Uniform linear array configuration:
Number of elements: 12
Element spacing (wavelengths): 0.75
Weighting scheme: binomial
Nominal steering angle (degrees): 45
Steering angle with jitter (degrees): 46.587
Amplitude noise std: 0.05
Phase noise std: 0.05

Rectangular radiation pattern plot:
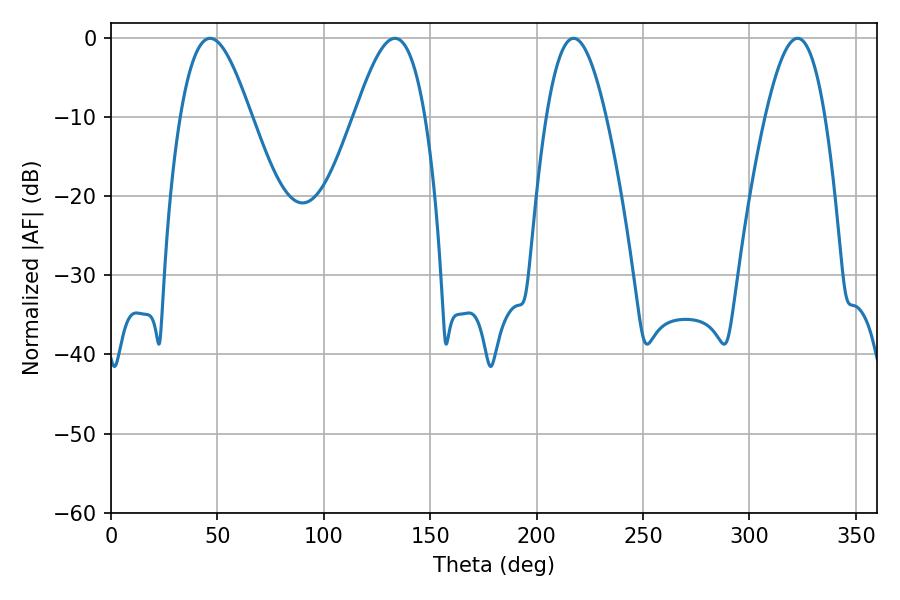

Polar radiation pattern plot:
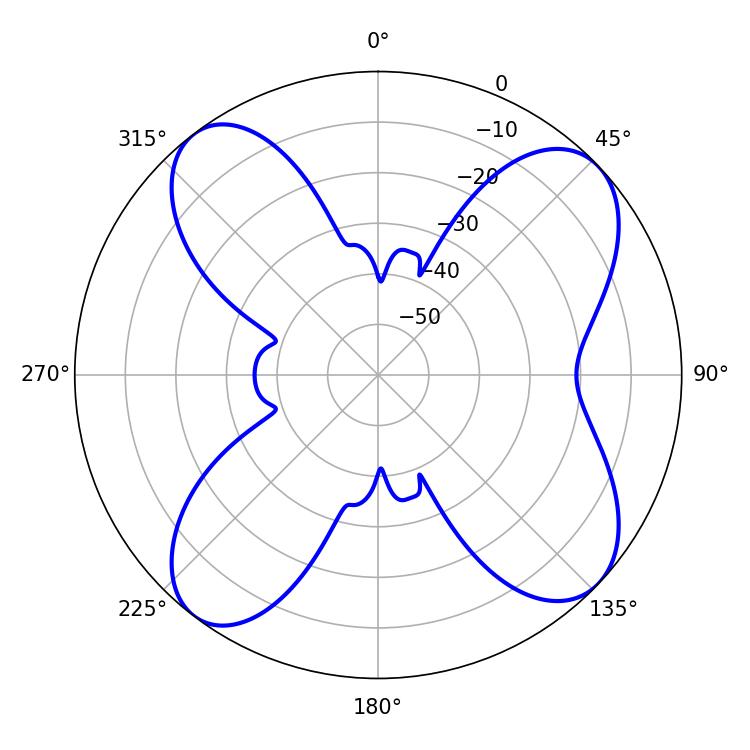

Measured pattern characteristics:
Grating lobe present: TRUE
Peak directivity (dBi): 11.029
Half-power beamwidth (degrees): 17.82
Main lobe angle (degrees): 46.62